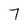
Character: 7